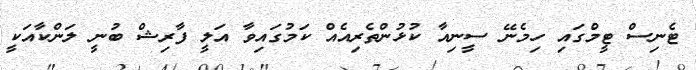
ޓެނިސް ޓީމްގައި ހިމެނޭ ސީނިއާ ކުޅުންތެރިއެއް ކަމުގައިވާ އަލީ ފާރިޝް ބުނީ ލަންކާއަކީ